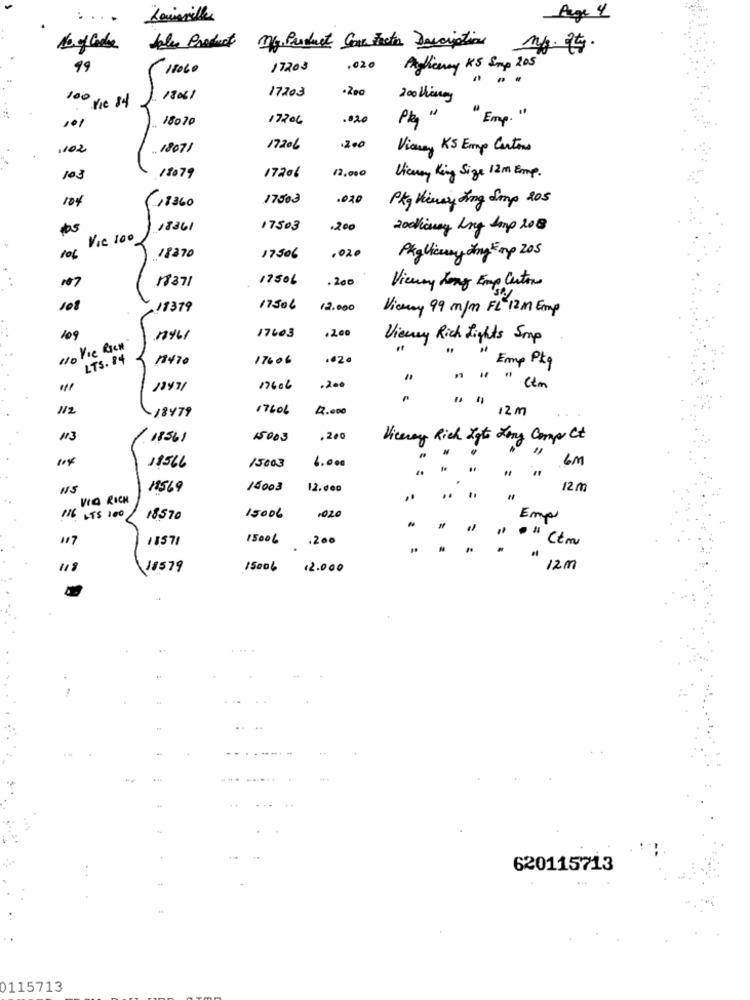
Page 4
Jeles Product
My. Product Come Fatin Description my. 2kg.
99
18060
17203
,020
Pagliceny KS Smp 205
17203
18061
200 ing
100 Vie 84
18070
17206
.820
" Emp. "
101
1102
18071
17206
.200
Viaway KS Emp Cartons
103
18079
1726l
12.000
Vianay King Size 12m Emp.
104
17503
.020
Pkg Vinay King Smmp 205
17360
18361
17503
.200
20diomy Ing Imp 208
VIC 100
.020
106
18370
17506
Pkg Vicuny Any Emp 205
107
18371
17506
. 200
Vicuny Long Emp Carton
108
17379
17506
12.000
Viceray 99 m/m FL 12M Emp
. 200
109
17461
17603
Viewry Rich Lights Smp
w. Vie Rien
LTS. 84
1470
17606
.02
" Emp Pkg
18471
17606
" " " Ctm
.
N2
18479
17606
17.000
12 m
113
18561
15003
. 200
Viceroy Rich Igto Long Compr Ct
114
18566
6.000
6m
15003
NS
18569
15008
12.000
12 m
VIA RICH
..
. .
116 LTS 100
18570
15006
,020
Emp
117
11571
15006 .200
" ." (tm
.
118
18579
15006
12.000
" 12m
....
620115713
0115713